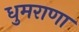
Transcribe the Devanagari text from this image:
धुमराणा